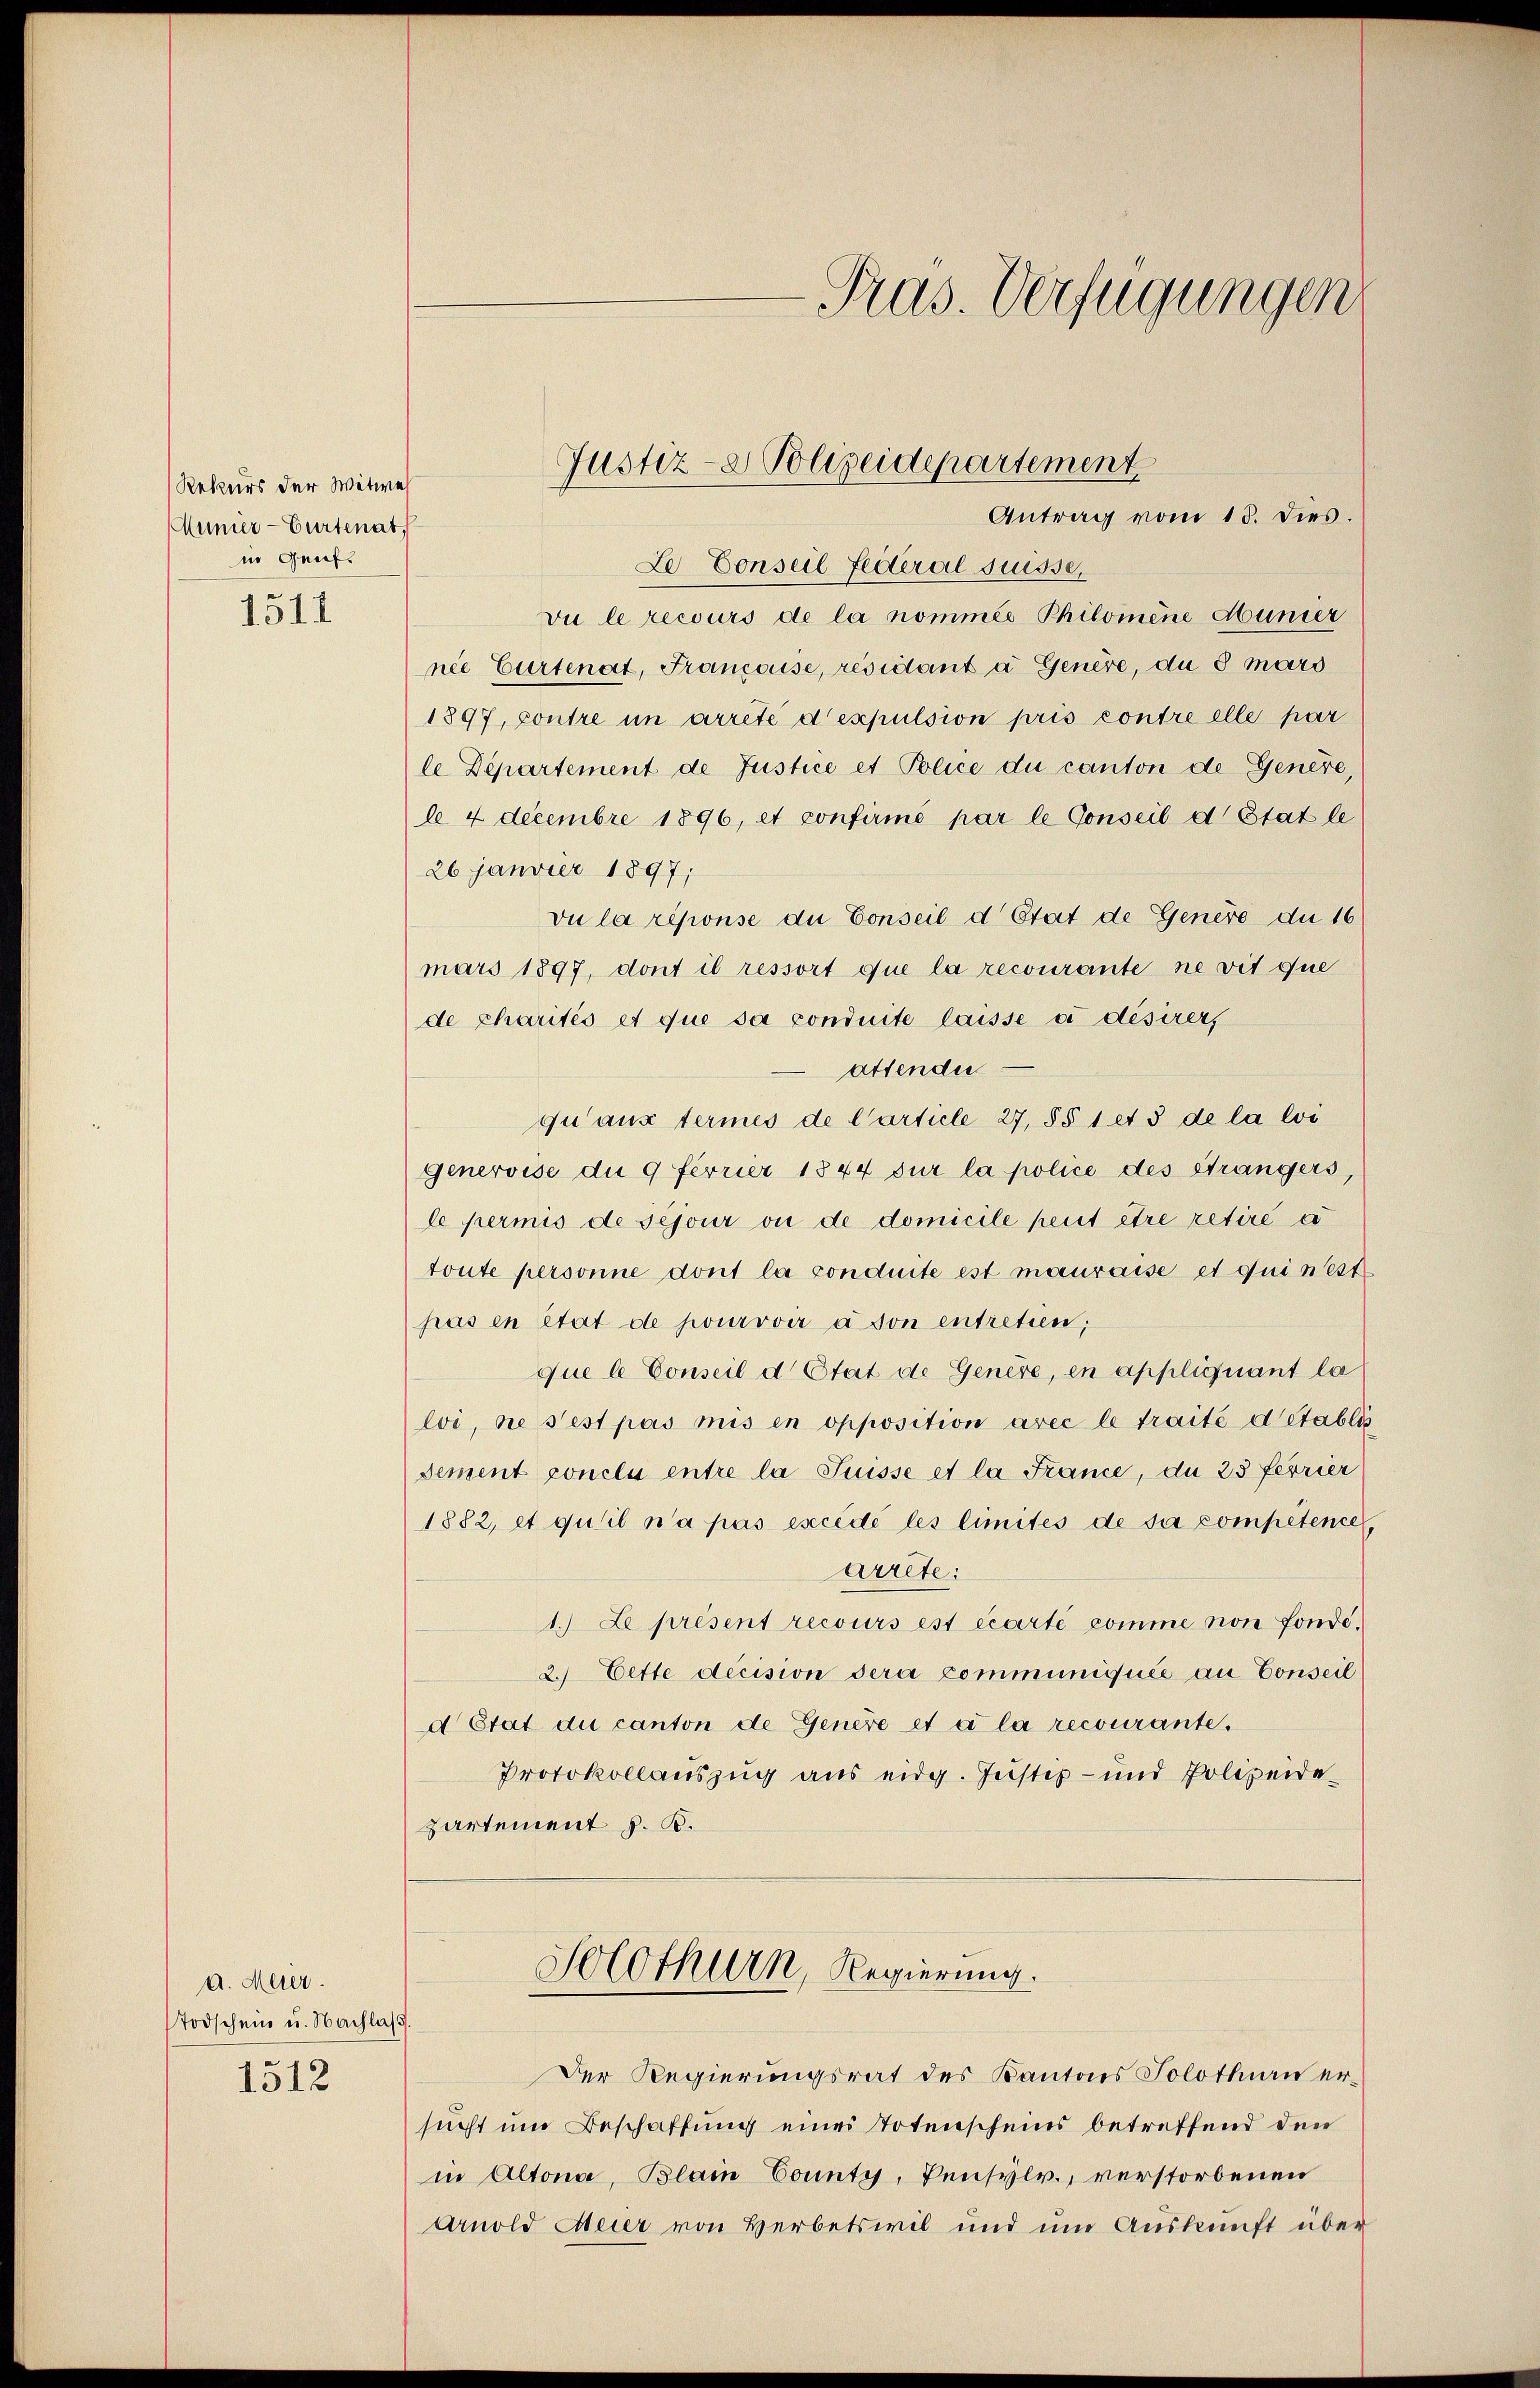
Rekurs der Witwe
Munier-Gurtenat,
in Genf.

1511

a. Meier.
Todschein u. Nachlaß.

1512

Le Conseil Federal suisse,
vu le recours de la nommés Philomene Munier
née Curtenat, Franzose, résidant a Genere, du 8 maro
1897, contre in arreté dexpulsion pris contre elle par
le Departement de Justice et Police du canton de Genere,
l 4 decembre 1896, et confirmé par le Conseil d’Etat le
26 janvier 1897;
Du la réponse du Conseil d’Etat de Genere du 16
mars 1897, dont il ressort que la recourante ne vit que
de charités et que sa conduite laisse a désirer,
attender
qu aus termes de Carticle 27, §§ 1 et 3 de la loi
genervise du 9 ferrier 1844 sur la police des Strangers,
le permis de sejour ou de domicile peut être retire a
toute personne dont la conduite est mauraise et qui nest
pas en état de pourvoir à son entretien;
que le Conseil d Etat de Genere, en appliquant la
loi, ne s’est pas mis en opposition avec le traité d’établis
sement conclu entre la Suisse et la France, du 25 ferrier
1882, et qu’il n’a pas excédé les limités de sa competence,
arrete:
1. Le présent recours est écarte pomme non fonde¬
2. Cette decision dera communiquée au Conseil
d Etat du canton de Genere et à la recourante.
Protokollauszug aus eidg. Justiz- und Polizeide
partement z. B.

Justiz- & Polizeidepartement
Antrag vom 18. dies.

Solothurn, Regierung.

Pras. Verfügungen

Der Regierungsrat des Kantons Solothurn ersucht um Beschaffung eines Totenscheins betreffend den
in Altona, Blain County, Pensylv., verstorbenen
Arnold Meier von Herbetswil und um Auskunft über